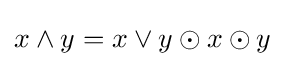
x\land y=x\lor y\odot x\odot y